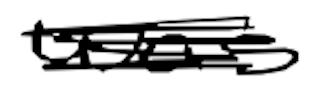
Text: was
Cross-out: scratch
Writing tool: digital_black